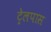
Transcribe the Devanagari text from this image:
ट्रेलपास